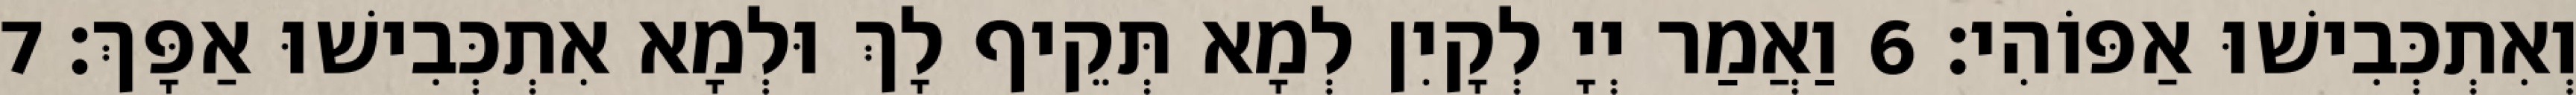
וְאִתְכְּבִישׁוּ אַפּוֹהִי׃ 6 וַאֲמַר יְיָ לְקָיִן לְמָא תְּקֵיף לָךְ וּלְמָא אִתְכְּבִישׁוּ אַפָּךְ׃ 7